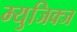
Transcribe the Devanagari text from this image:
म्युजिक्ज